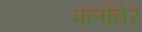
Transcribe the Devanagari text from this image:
फ्लॉबेर